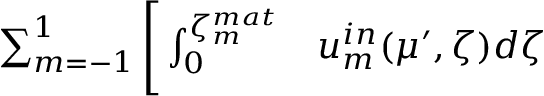
\begin{array} { r l } { \sum _ { m = - 1 } ^ { 1 } \Bigg [ \int _ { 0 } ^ { \zeta _ { m } ^ { m a t } } } & { { } u _ { m } ^ { i n } ( \mu ^ { \prime } , \zeta ) d \zeta } \end{array}